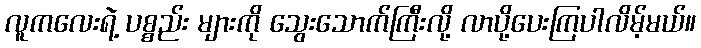
လူကလေးရဲ့ ပစ္စည်း များကို သွေးသောက်ကြီးလို့ လာပို့ပေးကြပါလိမ့်မယ်။